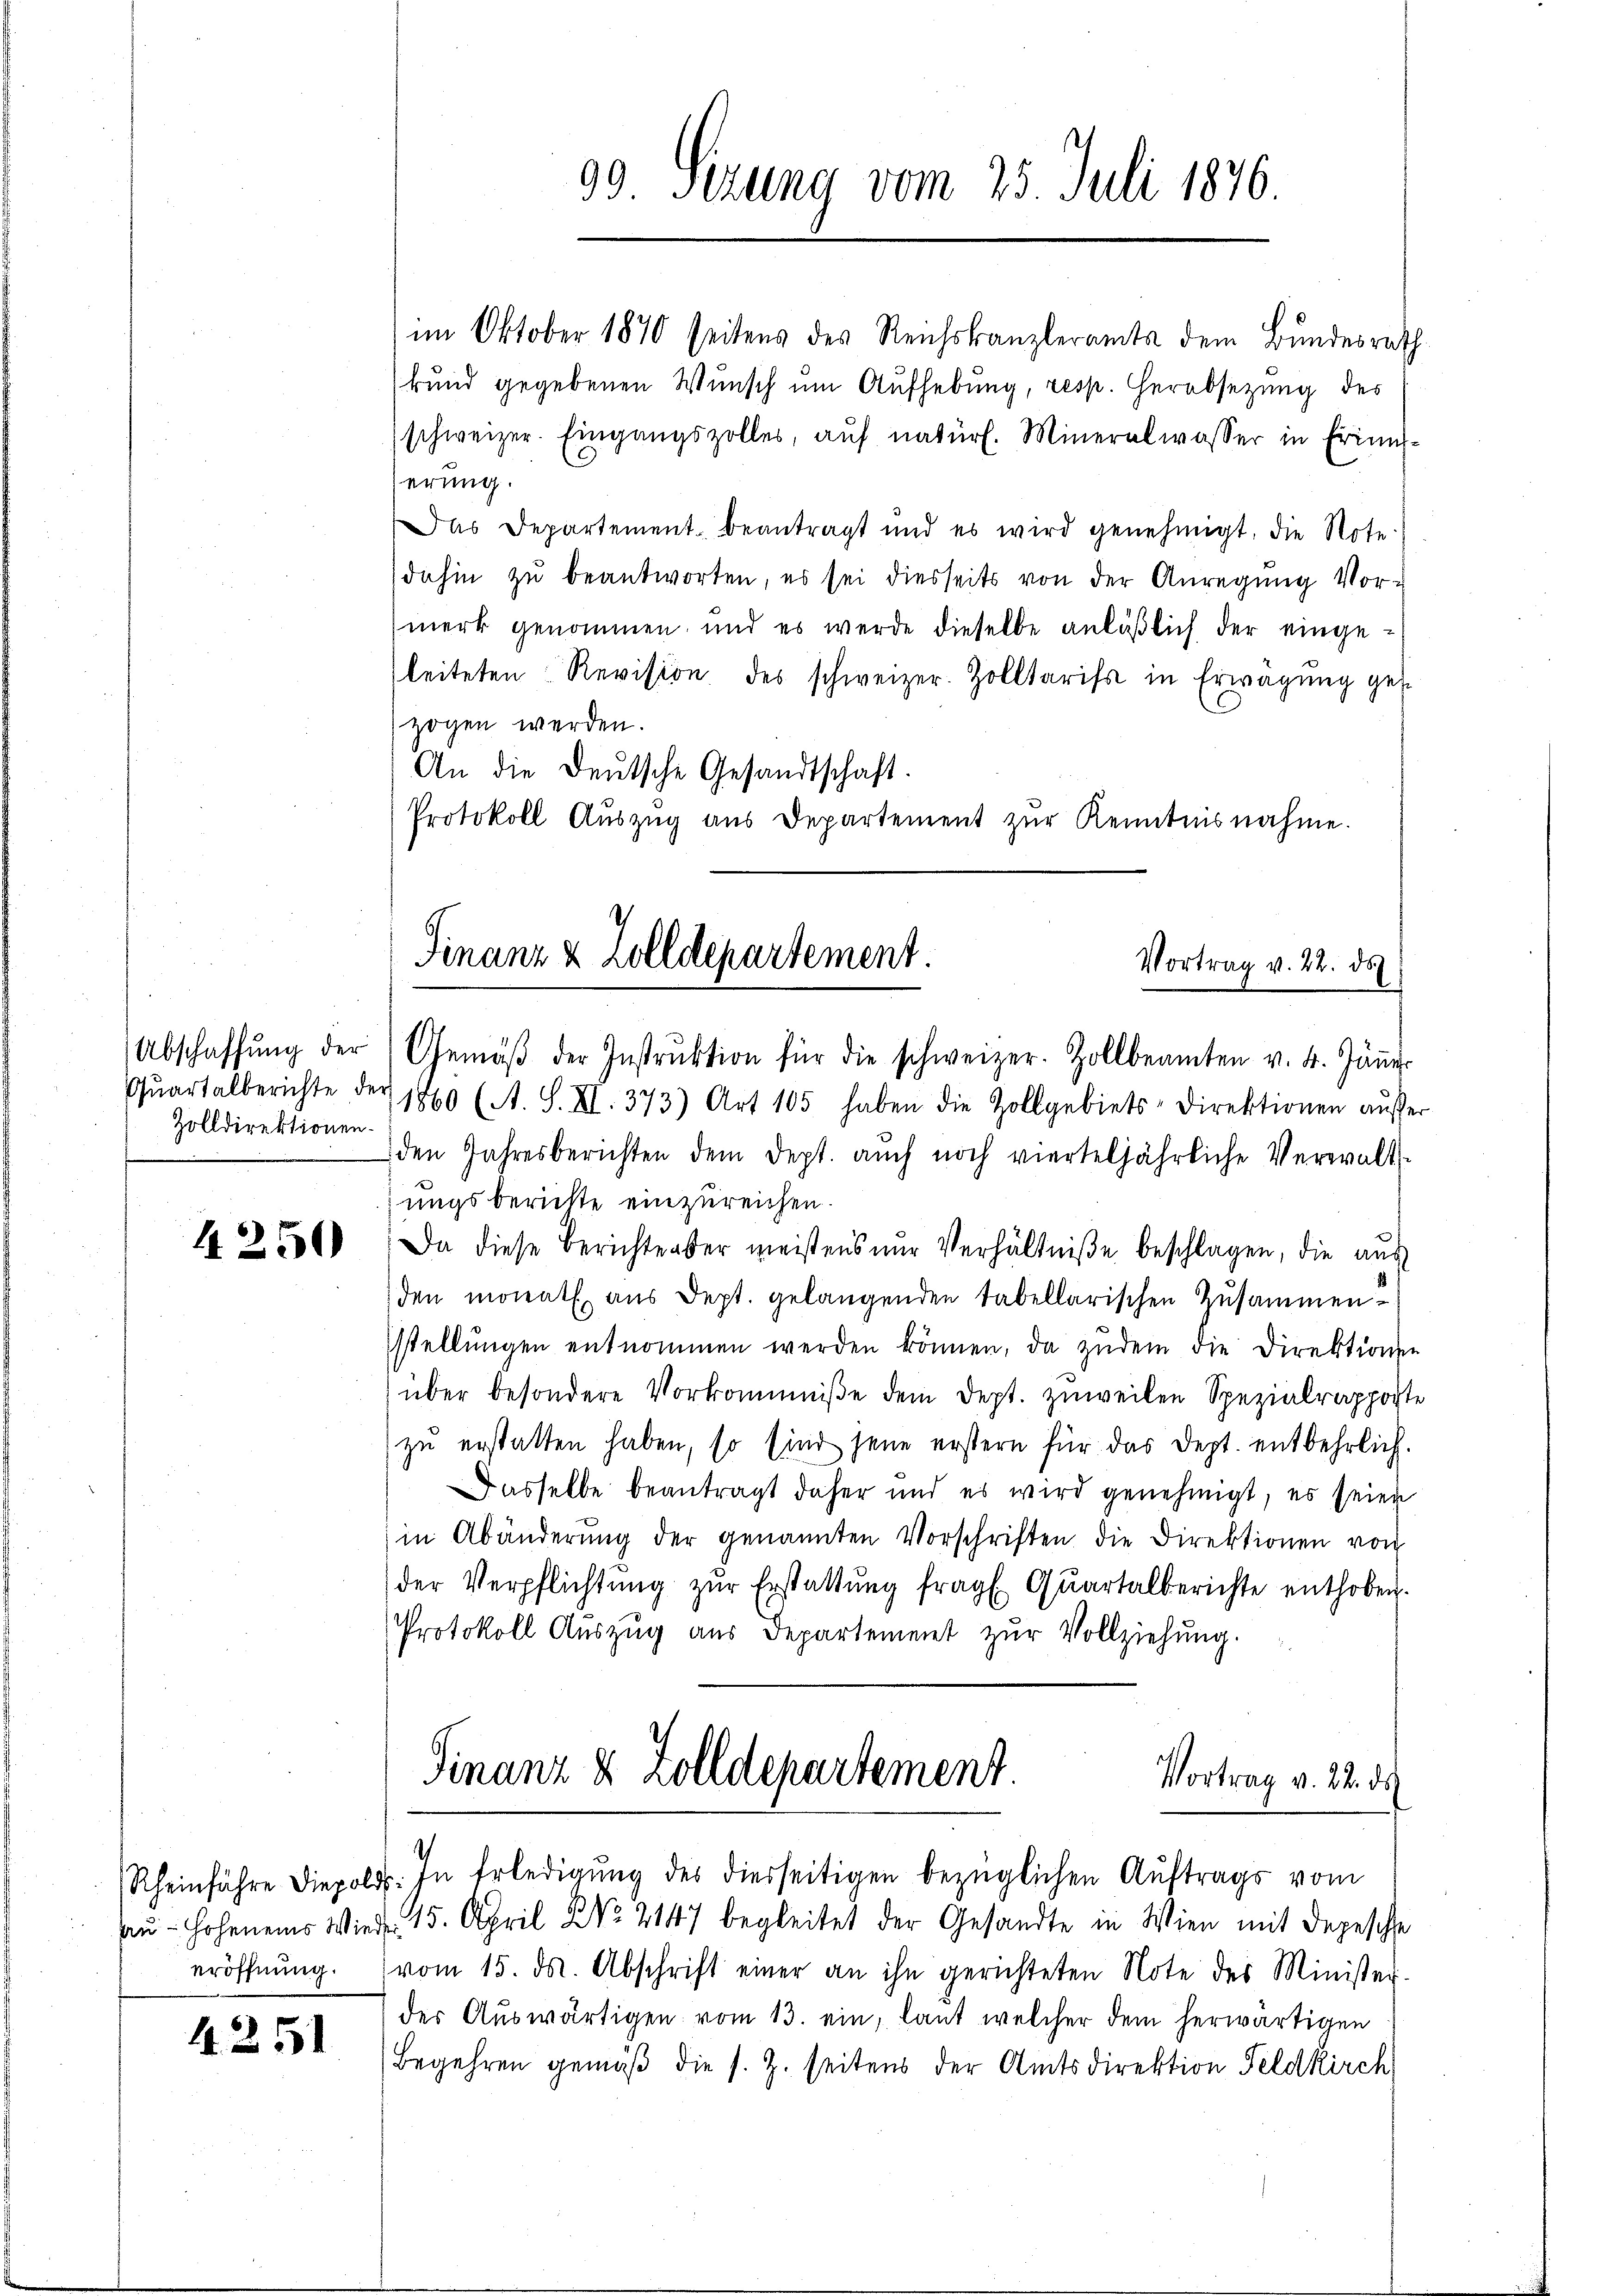
Quartalberichte der
Zolldirektionen.

4250

4. 2. 551

99 Sizung vom 25. Juli 1876.

im Oktober 1870 seitens des Reichskanzleramts dem Bundesrath
kund gegebenen Wunsch um Aufhebung, resp. Herabsetzung des
schweizer. Eingangszoller, aŭf natürl. Mineralwasser in Erinn-
serung.
Das Departement beantragt und es wird genehmigt, die Note
dahin zŭ beantworten, es sei diesseits von der Anregung Vor-
merk genommen, und es werde dieselbe anläßlich der eingeleiteten Revision des schweizer. Zolltarifs in Erwägung geszogen werden.
An die Deutsche Gesandtschaft.
Protokoll Aŭszŭg aŭs Departement zŭr Kenntnisnahme.

Finanz & Zolldepartement.
Vortrag v. 22. ds
Abschaffŭng der Gemäβ der Instrŭktion für die schweizer. Zollbeamten v. 4. Jäṅer-

1860 (A. S. XI. 373) Art 105 haben die Zollgebiets-Direktionen außer
den Jahresberichten dem dept. aŭch noch vierteljährliche Verwalt-
ungsberichte einzureichen.
Da diese Berichtenser meistens nur Verhältniße beschlagen, die aus
den monath aus dept. gelangenden tabellarischen Zusammen-
stellŭngen entnommen werden können, da zudem die Direktionn
über besondere Vorkommniße dem Dept. zuweilen Spezialrapposte
zŭ erstatten haben, so sind jene erstern für das Dept. entbehrlich.
Dasselbe beantragt daher und es wird genehmigt, es seien
in Abänderŭng der genannten Vorschriften die Direktionen von
der Verpflichtŭng zŭr Erstattŭng fragt Quartalberichte enthoben.
Protokoll Aŭszŭg aŭs Departement zŭr Vollziehŭng.

Finanz & Zolldepartement
Vortrag v. 22. ds
1
(Rheinführe Diepol. In Erledigŭng des diesseitigen bezüglichen Aŭftrags vom

sau - hoheneins Wiede 15. April NNo. 2147 begleitet der Gesandte in Wien mit Depesche
eröffnŭng. (vom 15. ds. Abschrift einer an ihn gerichteten Note des Minister-
des Auswärtigen vom 13. ein, laut welcher dem herwärtigen
Begehren gemäβ die s. Z. seitens der Amtsdirektion Feldkirch